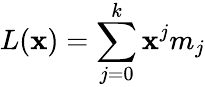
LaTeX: L(\mathbf{x})=\sum_{j=0}^{k}\mathbf{x}^{j}m_{j}